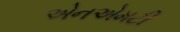
એનએમટી